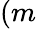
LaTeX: (m